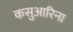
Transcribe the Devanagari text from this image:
कसुआरिना